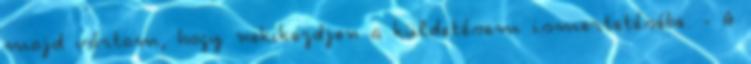
majd vártam, hogy nekikezdjen a küldetésem ismertetésébe. - A